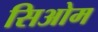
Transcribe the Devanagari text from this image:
सिओम